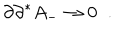
\partial \partial ^ { * } A _ { - } \rightarrow 0 \; \; .